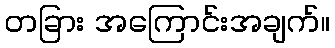
တခြား အကြောင်းအချက်။